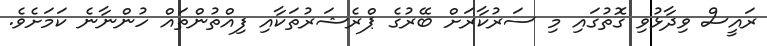
ރައީސް ވިދާޅުވި ގޮތުގައި މި ސަރުކާރަށް ބޭރުގެ ޕްރެޝަރުތަކާއި ފިއްތުންތައް ހުންނާނެ ކަމަށެވެ.